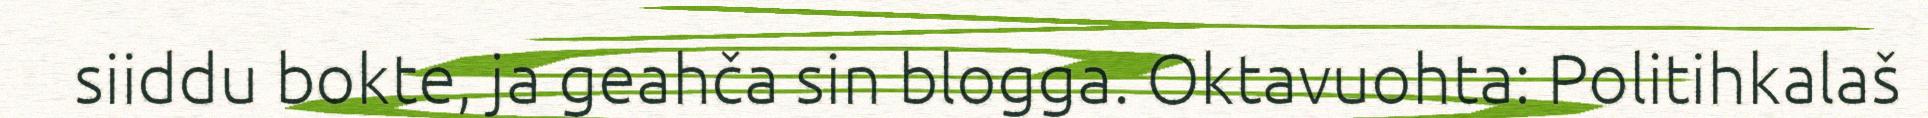
siiddu bokte, ja geahča sin blogga. Oktavuohta: Politihkalaš